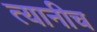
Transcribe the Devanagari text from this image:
त्यानीच